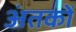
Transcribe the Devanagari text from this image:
अंतकों